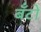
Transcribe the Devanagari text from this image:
बँटों